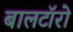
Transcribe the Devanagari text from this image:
बालटॉरो